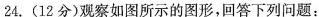
24. (12分)观察如图所示的图形，回答下列问题：